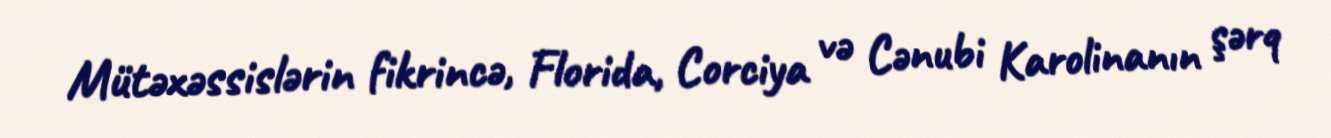
Mütəxəssislərin fikrincə, Florida, Corciya və Cənubi Karolinanın şərq